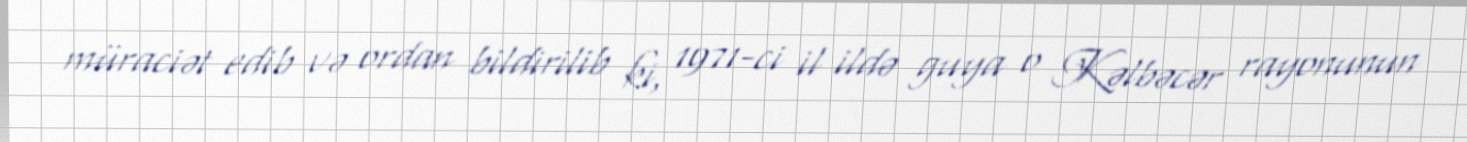
müraciət edib və ordan bildirilib ki, 1971-ci il ildə guya o Kəlbəcər rayonunun